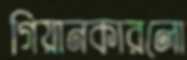
গিয়ানকারলো